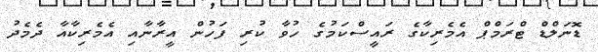
ޑޮނަލްޑް ޓްރަމްޕް އެމެރިކާގެ ރައީސްކަމުގެ ހުވާ ކުރި ފަހުން އީރާނާއި އެމެރިކާއާ ދެމެދު